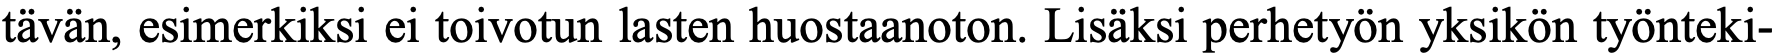
tävän, esimerkiksi ei toivotun lasten huostaanoton. Lisäksi perhetyön yksikön työnteki-